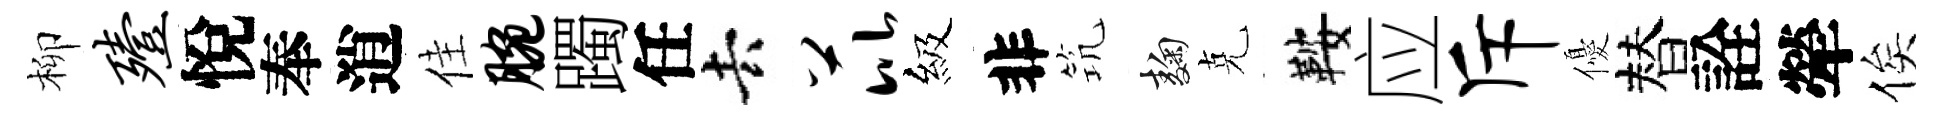
柳殪悅奉逍佳腕躅任去芘級非𥬑麹克鞍应斥優替詮犖俟